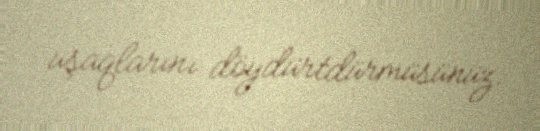
uşaqlarını döydürtdürmüsünüz.